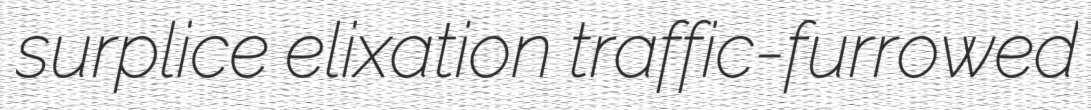
surplice elixation traffic-furrowed